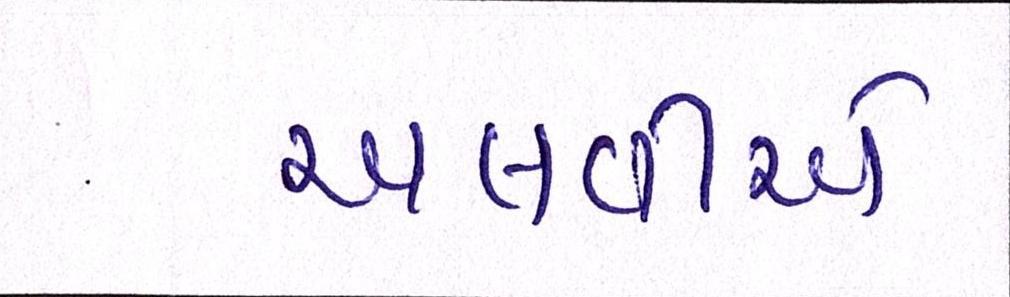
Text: અલવીએ